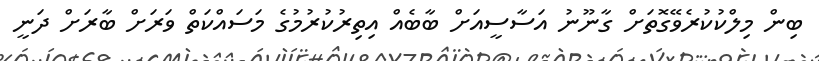
ބިން މިލްކުކުރެވޭގޮތަށް ގާނޫނު އަސާސީއަށް ބާބެއް އިތިރުކުރުމުގެ މަސައްކަތް ވަރަށް ބާރަށް ދަނީ